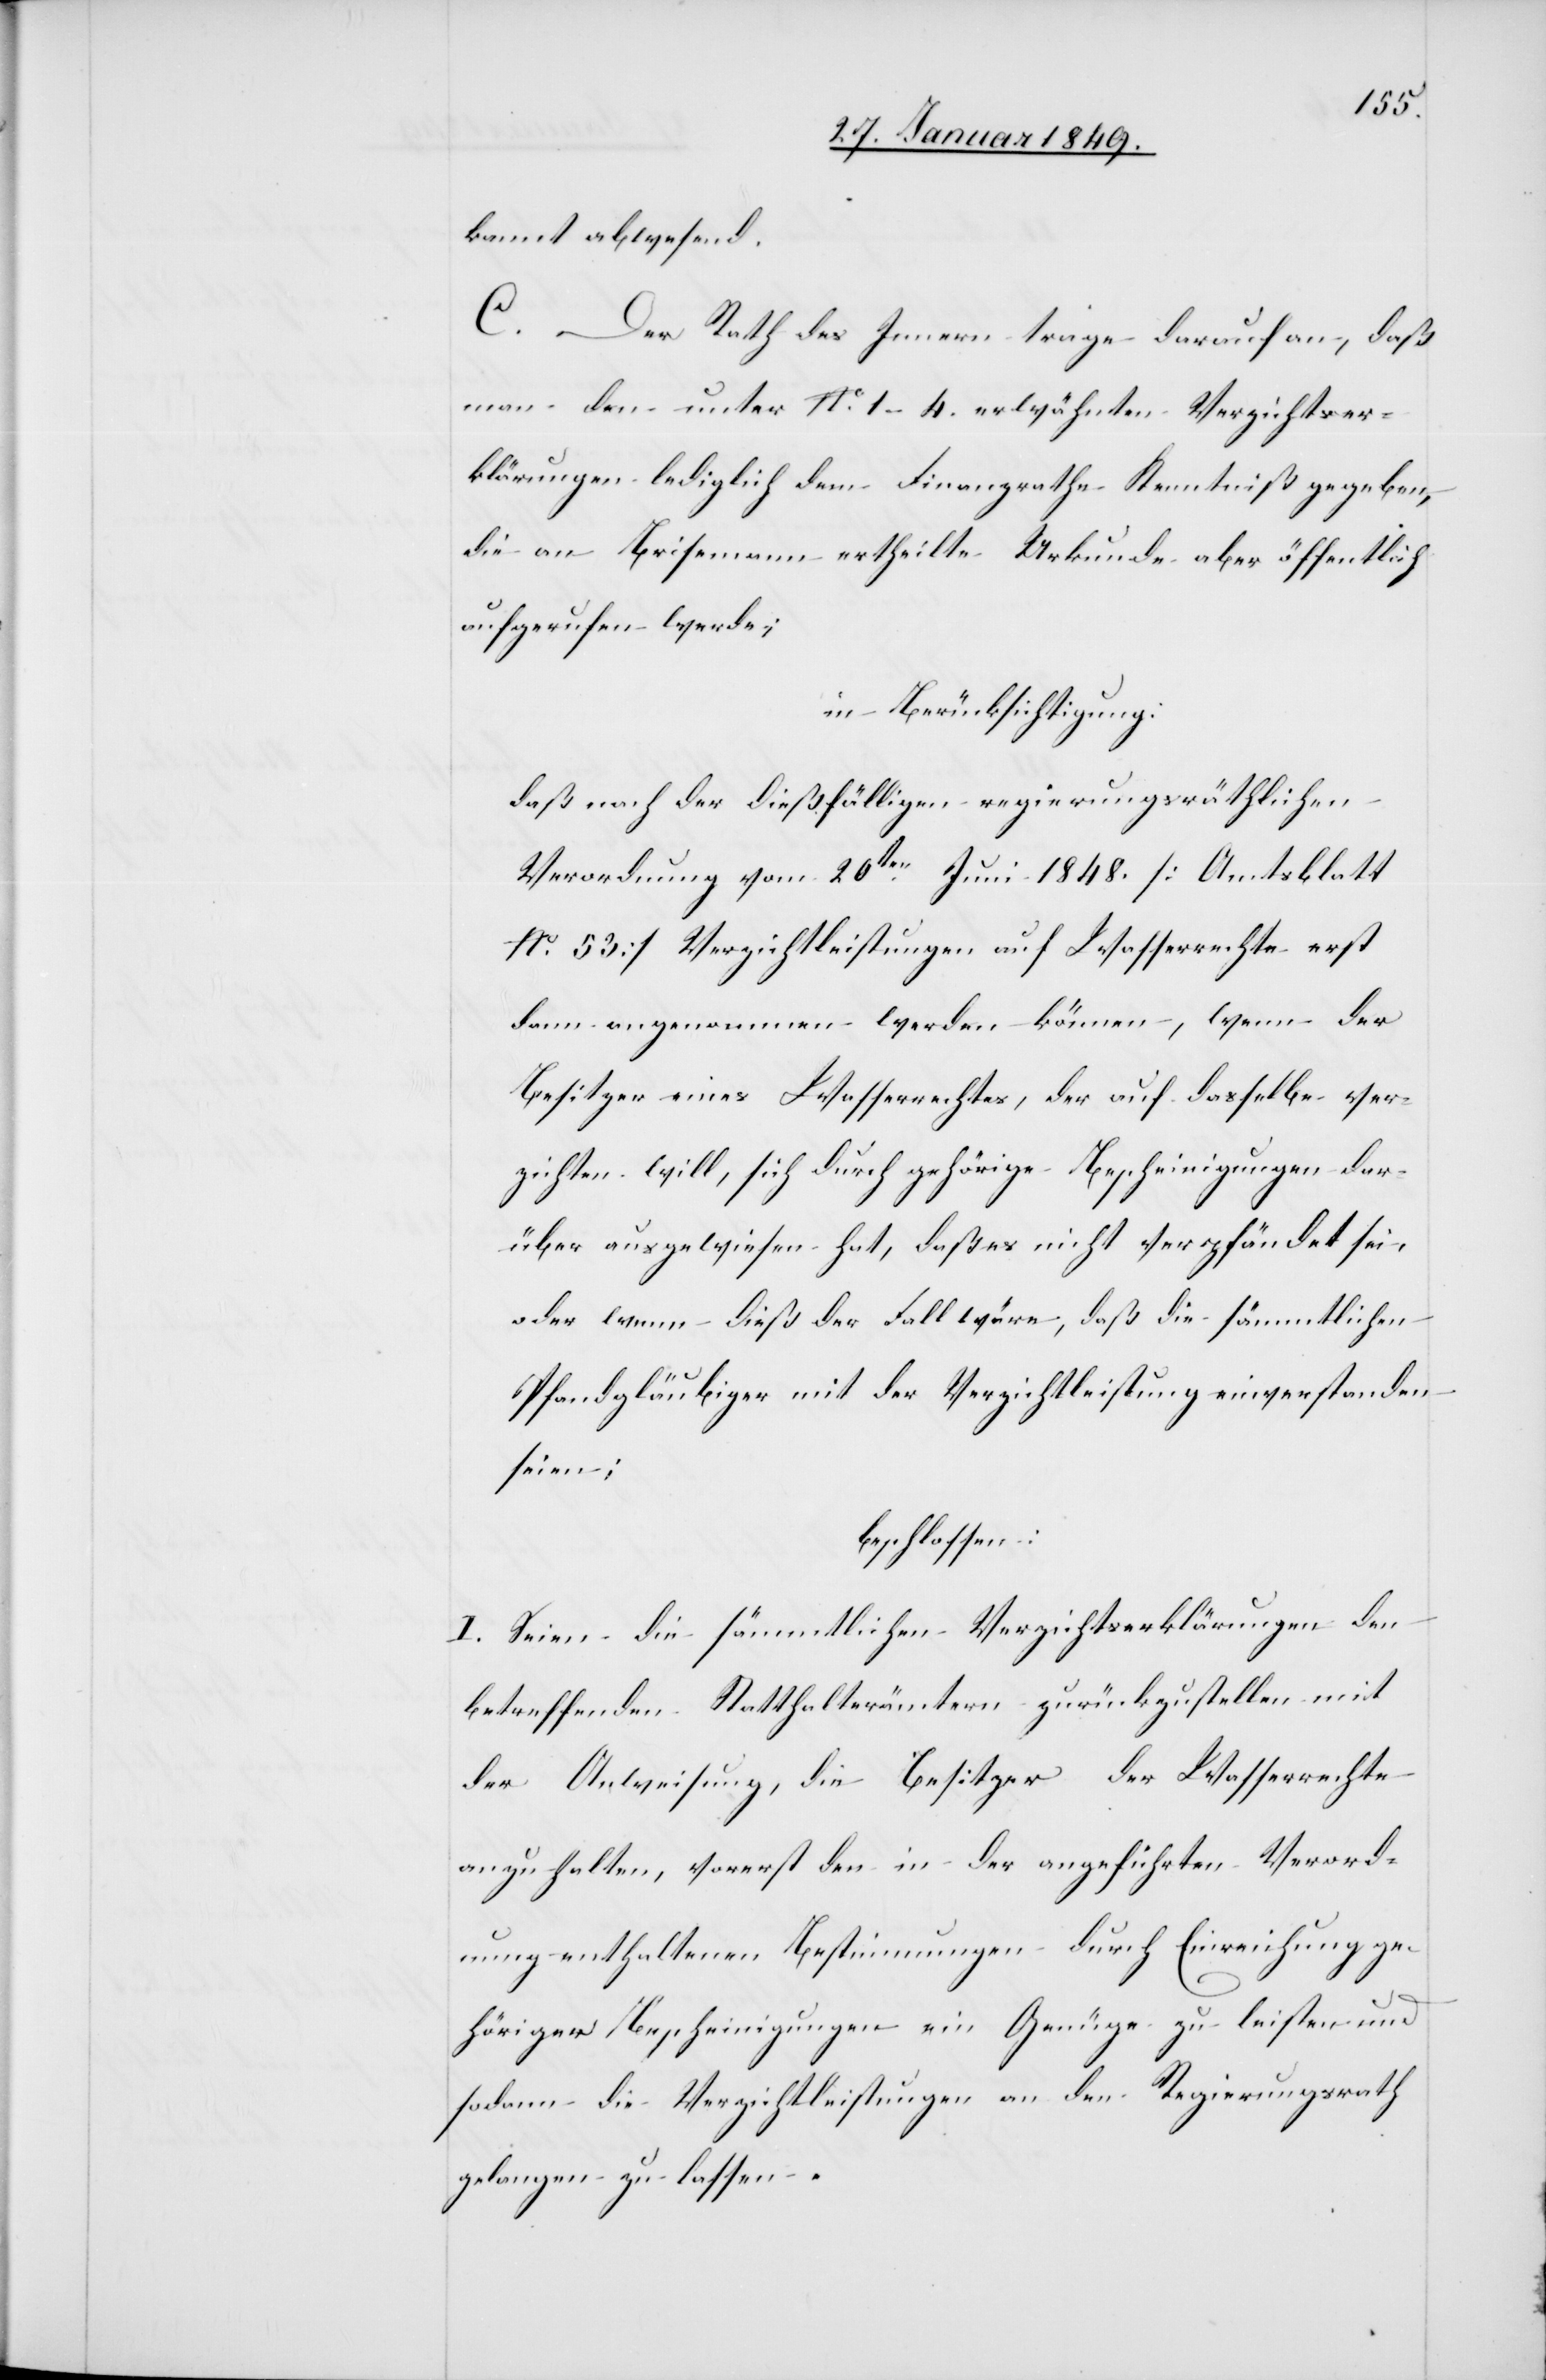
kannt abwesend.
C. Der Rath des Innern trage darauf an, daß
man den unter No. 1–4. erwähnten Verzichtser¬
klärungen lediglich dem Finanzrathe Kenntniß gegeben,
die an Brisemann ertheilte Urkunde aber öffentlich
aufgerufen werde;
in Berücksichtigung:
daß nach der dießfälligen regierungsräthlichen
Verordnung vom 20ten. Juni 1848. [Amtsblatt
No. 53] Verzichtleistungen auf Wasserrechte erst
dann angenommen werden können, wenn der
Besitzer eines Wasserrechtes, der auf dasselbe ver¬
zichten will, sich durch gehörige Bescheinigungen dar¬
über ausgewiesen hat, daß es nicht verpfändet sei,
oder wenn dieß der Fall wäre, daß die sämmtlichen
Pfandgläubiger mit der Verzichtleistung einverstanden
seien;
beschlossen:
I. Seien die sämmtlichen Verzichtserklärungen den
betreffenden Statthalterämtern zurückzustellen mit
der Anweisung, die Besitzer der Wasserrechte
anzuhalten, vorerst den in der angeführten Verord¬
nung enthaltenen Bestimmungen durch Einreichung ge¬
höriger Bescheinigungen ein Genüge zu leisten und
sodann die Verzichtleistungen an den Regierungsrath
gelangen zu lassen.